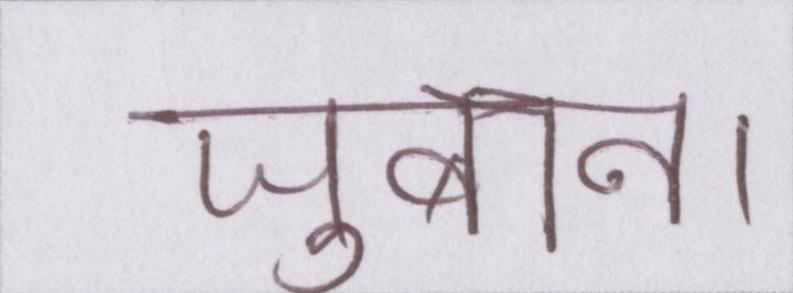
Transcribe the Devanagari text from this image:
जुबान।